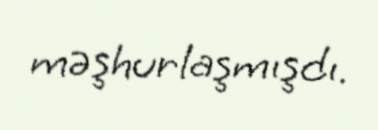
məşhurlaşmışdı.